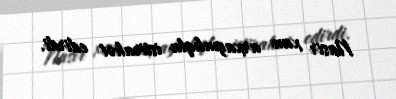
Nasir xan arxayınlıqla istirahət edirdi.